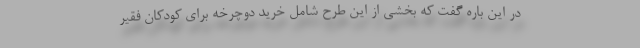
در این باره گفت که بخشی از این طرح شامل خرید دوچرخه برای کودکان فقیر